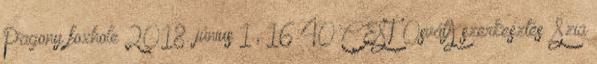
Pagony foxhole 2018. június 1., 16:40 CEST OsvátA szerkesztés Szia